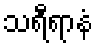
သရီရာနံ